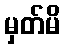
မှတ်မိ